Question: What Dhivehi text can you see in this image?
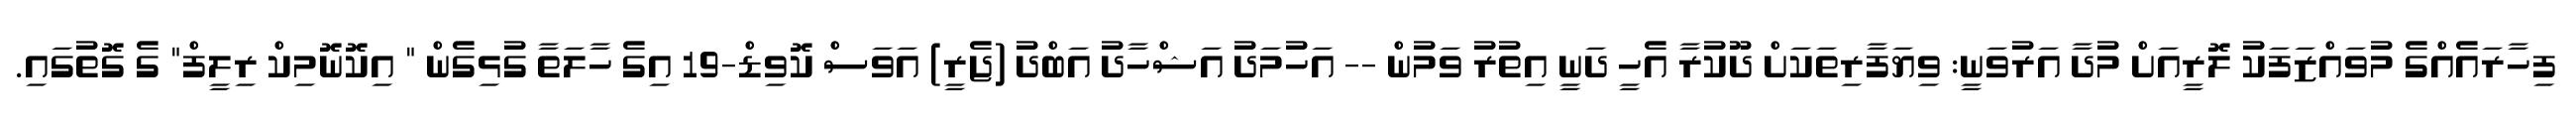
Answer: ފިހާރައެއްގެ މުވައްޒަފަކު ލޮރީއަށް މުދާ އަރުވަނީ: ވިޔަފާރިތަކަށް ދޫކުރާ އެހީ ދަނީ އިތުރު ވަމުން -- އަހުމަދު އަޝްހާދު އަބްދު (ޖެރީ) އަވަސް ކޮވިޑް-19 އިގެ ހާލަތާ ގުޅިގެން " އިކޮނޮމިކް ރިލީފް" ގެ ގޮތުގައި.